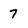
Character: 7